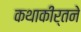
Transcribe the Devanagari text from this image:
कथाकीर्तने